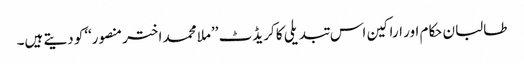
طالبان حکام اور اراکین اس تبدیلی کا کریڈٹ ’’ملا محمد اختر منصور‘‘کو دیتے ہیں۔